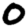
Digit: 0